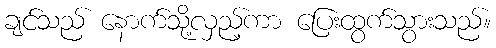
ချင်သည် နောက်သို့လှည့်ကာ ပြေးထွက်သွားသည်။